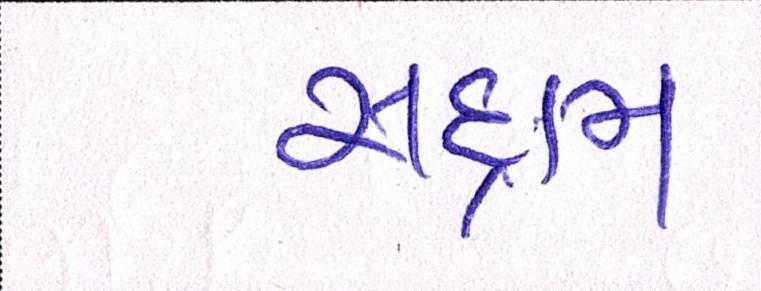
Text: સદ્દામ